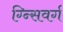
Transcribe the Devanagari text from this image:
ग्न्सिवर्ग